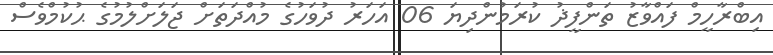
އިބްރާހީމް ފައްވާޒު ތަންފީޛު ކުރަމުންދިޔަ 06 އަހަރު ދުވަހުގެ މުއްދަތަށް ޖަލަށްލުމުގެ ޙުކުމްވެސް